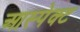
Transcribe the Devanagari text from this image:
आस्पेक्ट